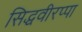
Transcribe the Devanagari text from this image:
सिद्धवीरप्पा